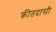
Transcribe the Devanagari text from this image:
क्रीतदासी